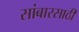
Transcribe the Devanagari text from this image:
सांबारसाठी